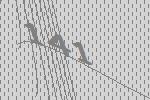
141